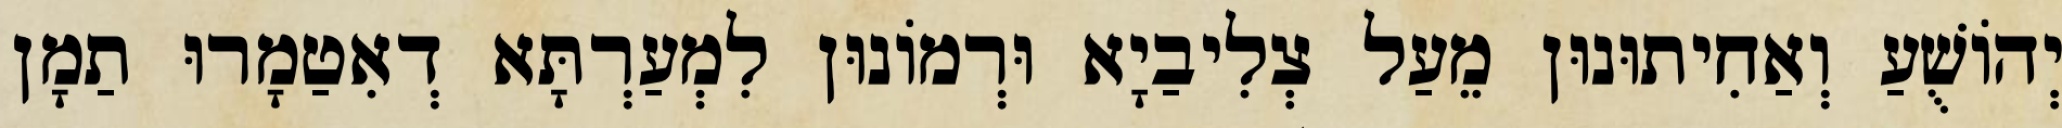
יְהוֹשֻׁעַ וְאַחִיתוּנוּן מֵעַל צְלִיבַיָא וּרְמוֹנוּן לִמְעַרְתָּא דְאִטַמָרוּ תַמָן